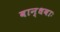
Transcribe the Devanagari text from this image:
बान्धवाः